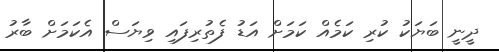
ދީނީ ބަޔަކު ކުރި ކަމެއް ކަމަށް އަޑު ފެތުރިފައި ވިޔަސް އެކަމަށް ބާރު